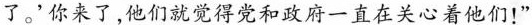
了。'你来了，他们就觉得党和政府一直在关心着他们!”